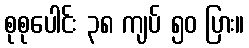
စုစုပေါင်း ၃၈ ကျပ် ၅၀ ပြား။